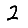
Digit: 2